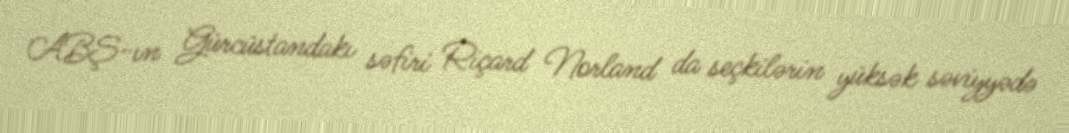
ABŞ-ın Gürcüstandakı səfiri Riçard Norland da seçkilərin yüksək səviyyədə